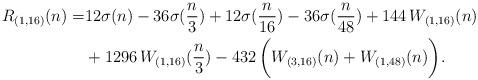
LaTeX: \begin{align*}R_{(1,16)}(n) = & 12\sigma(n) - 36\sigma(\frac{n}{3}) + 12\sigma(\frac{n}{16}) -36\sigma(\frac{n}{48}) + 144\, W_{(1,16)}(n) \\ & + 1296\, W_{(1,16)}(\frac{n}{3}) - 432\, \biggl( W_{(3,16)}(n) + W_{(1,48)}(n) \biggr). \end{align*}